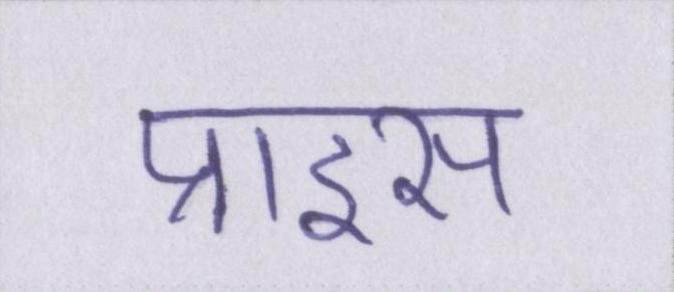
प्राइस